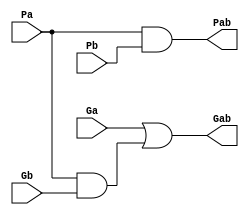
    //
	// fundamental carry operator
	//
	module fco ( Ga, Pa, Gb, Pb, Gab, Pab); 
		
		input Ga, Pa, Gb, Pb;
		output Gab, Pab;
		
		assign Gab = Ga | (Pa & Gb);
		assign Pab = Pa & Pb;
	
    endmodule